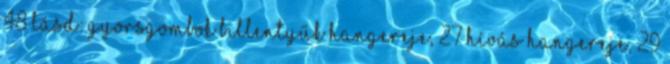
48 lásd: gyorsgombok billentyűk hangereje, 27 hívás hangereje, 29